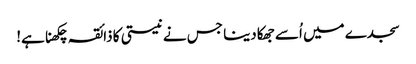
سجدے میں اُسے جھکا دینا جس نے نیستی کا ذائقہ چکھنا ہے!